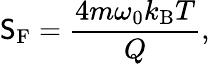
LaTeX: \mathsf{S}_{\mathrm{{F}}}=\frac{{4m\omega_{0}k_{\mathrm{{B}}}T}}{{Q}},